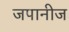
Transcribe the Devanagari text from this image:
जपानीज